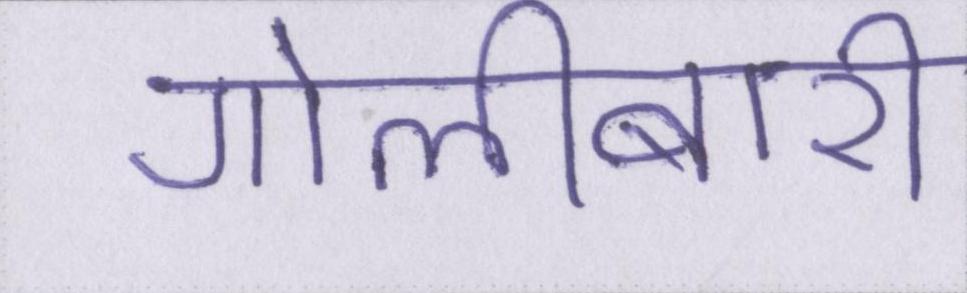
गोलीबारी